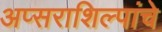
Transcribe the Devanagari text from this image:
अप्सराशिल्पांचे